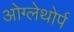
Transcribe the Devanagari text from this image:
ओग्लेथोर्प